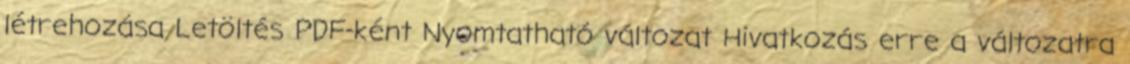
létrehozása Letöltés PDF-ként Nyomtatható változat Hivatkozás erre a változatra